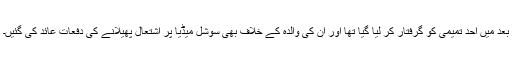
بعد میں احد تمیمی کو گرفتار کر لیا گیا تھا اور ان کی والدہ کے خلاف بھی سوشل میڈیا پر اشتعال پھیلانے کی دفعات عائد کی گئیں۔